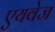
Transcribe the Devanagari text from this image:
एयवेज